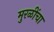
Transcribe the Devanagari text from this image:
मुरळींचा